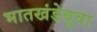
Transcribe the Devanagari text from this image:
भातखंडेबुवा